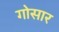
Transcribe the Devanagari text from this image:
गोसार